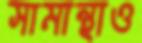
সামান্থাও